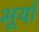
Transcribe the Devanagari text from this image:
भूयाँ